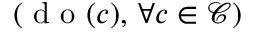
( \mathrm { ~ d ~ o ~ } ( c ) , \, \forall c \in \mathcal { C } )